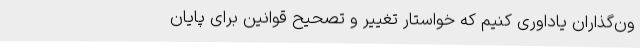
ون‌گذاران یاداوری کنیم که خواستار تغییر و تصحیح قوانین برای پایان